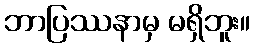
ဘာပြဿနာမှ မရှိဘူး။